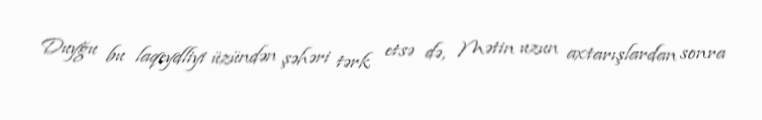
Duyğu bu laqeydliyi üzündən şəhəri tərk etsə də, Mətin uzun axtarışlardan sonra